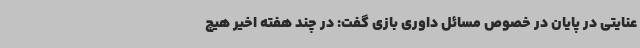
عنایتی در پایان در خصوص مسائل داوری بازی گفت: در چند هفته اخیر هیچ